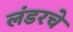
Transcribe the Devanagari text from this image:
लंडरचे